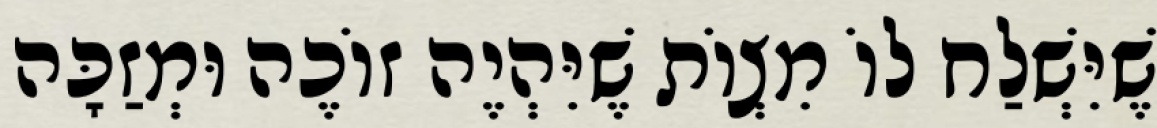
שֶׁיִּשְׁלַח לוֹ מִצְוֹת שֶׁיִּהְיֶה זוֹכֶה וּמְזַכָּה